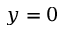
y = 0